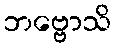
ဘဗ္ဗောသိ